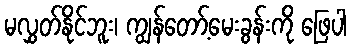
မလွှတ်နိုင်ဘူး၊ ကျွန်တော့်မေးခွန်းကို ဖြေပါ